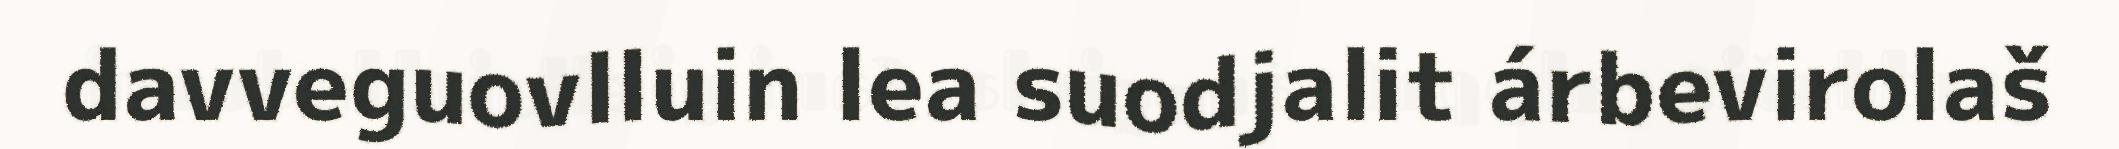
davveguovlluin lea suodjalit árbevirolaš